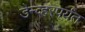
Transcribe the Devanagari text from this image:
डेन्व्हरपर्यंत